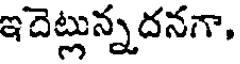
ఇదెట్లున్నదనగా,